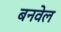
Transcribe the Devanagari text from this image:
बनवेल